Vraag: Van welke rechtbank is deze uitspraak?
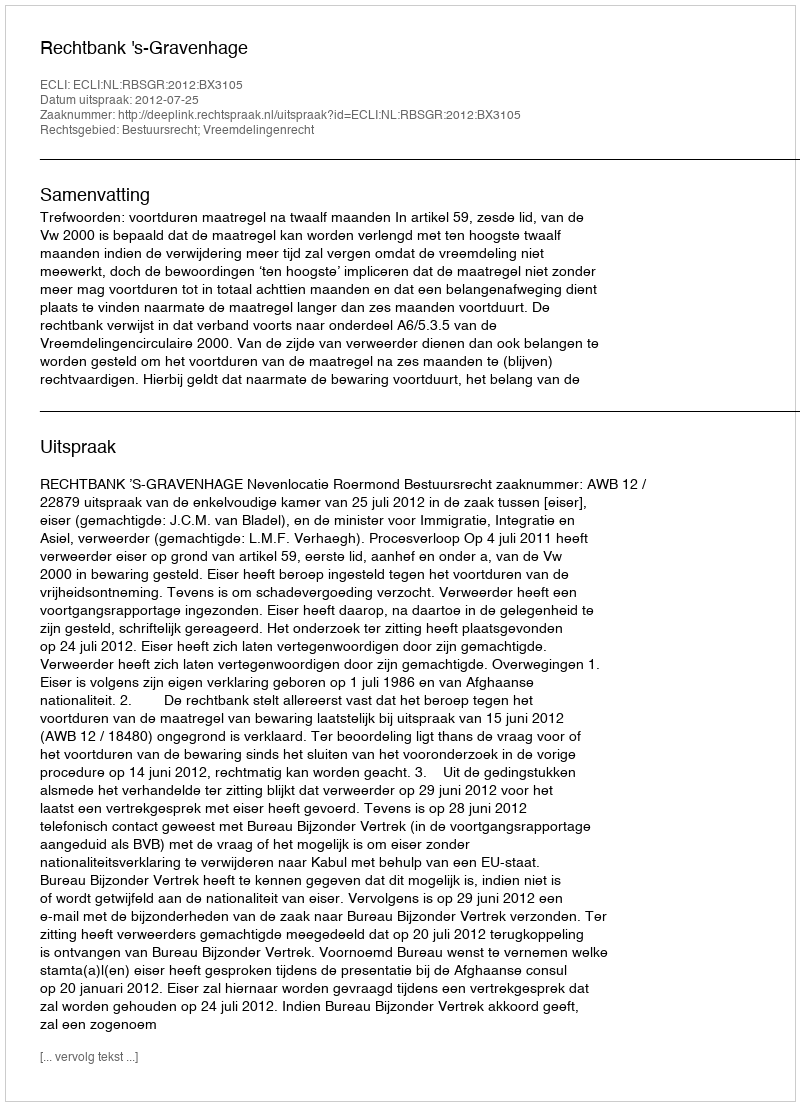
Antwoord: Rechtbank 's-Gravenhage